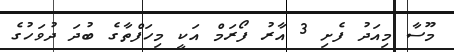
މޫސާ މިއަދު ފެށި 3 އާރު ފޯރަމް އަކީ މިހަފްތާގެ ބުދަ ދުވަހުގެ